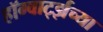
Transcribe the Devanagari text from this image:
हॉग्वार्ट्झच्या